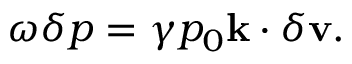
\begin{array} { r } { \omega \delta p = \gamma p _ { 0 } \mathbf { k } \cdot \delta \mathbf { v } . } \end{array}